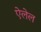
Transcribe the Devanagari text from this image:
ऐलेल